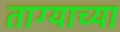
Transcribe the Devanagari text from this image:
ताग्याच्या